Lunatic asylums Central Provinces reports 1874-1885 - 1874-1885
Year: 1874
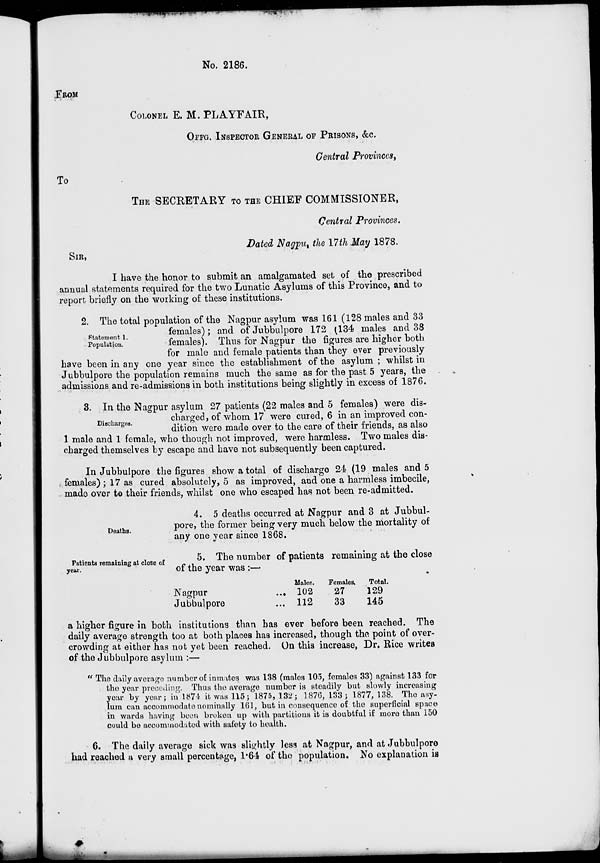
No. 2186.
FROM
COLONEL E. M. PLAYFAIR,
OFFG. INSPECTOR GENERAL OF PRISONS, &c.
Central Provinces,
To
THE SECRETARY TO THE CHIEF COMMISSIONER,
Central Provinces.
Dated Nagpu, the 17th May 1878.
SIR,
I have the honor to submit an amalgamated set of the prescribed
annual statements required for the two Lunatic Asylums of this Province, and to
report briefly on the working of these institutions.
Statement 1.
Population.
2. The total population of the Nagpur asylum was 161 (128 males and 33
females); and of Jubbulpore 172 (134 males and 38
females). Thus for Nagpur the figures are higher both
for male and female patients than they ever previously
have been in any one year since the establishment of the asylum ; whilst in
Jubbulpore the population remains much the same as for the past 5 years, the
admissions and re-admissions in both institutions being slightly in excess of 1876.
Discharges.
3. In the Nagpur asylum 27 patients (22 males and 5 females) were dis-
charged, of whom 17 were cured, 6 in an improved con-
dition were made over to the care of their friends, as also
1 male and 1 female, who though not improved, were harmless. Two males dis-
charged themselves by escape and have not subsequently been captured.
In Jubbulpore the figures show a total of discharge 24 (19 males and 5
females) ; 17 as cured absolutely, 5 as improved, and one a harmless imbecile,
made over to their friends, whilst one who escaped has not been re-admitted.
Deaths.
4. 5 deaths occurred at Nagpur and 3 at Jubbul-
pore, the former being very much below the mortality of
any one year since 1868.
Patients remaining at close of
year.
5. The number of patients remaining at the close
of the year was :—
Nagpur ...
Jubbulpore ...
Males.
102
112
Females.
27
33
Total.
129
145
a higher figure in both institutions than has ever before been reached. The
daily average strength too at both places has increased, though the point of over-
crowding at either has not yet been reached. On this increase, Dr. Rice writes
of the Jubbulpore asylum :—
"The daily average number of inmates was 138 (males 105, females 33) against 133 for
the year preceding. Thus the average number is steadily but slowly increasing
year by year; in 1874 it was 115 ; 1875, 132; 1876, 133; 1877, 138. The asy-
lum can accommodate nominally 161, but in consequence of the superficial space
in wards having been broken up with partitions it is doubtful if more than 150
could be accommodated with safety to health.
6. The daily average sick was slightly less at Nagpur, and at Jubbulpore
had reached a very small percentage, 1.64 of the population. No explanation is